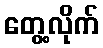
တွေ့လိုက်